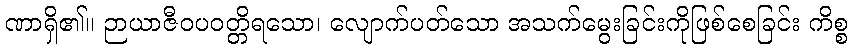
ဏာရှိ၏။ ဉာယာဇီဝပဝတ္တိရသော၊ လျောက်ပတ်သော အသက်မွေးခြင်းကိုဖြစ်စေခြင်း ကိစ္စ